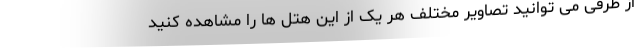
از طرفی می توانید تصاویر مختلف هر یک از این هتل ها را مشاهده کنید